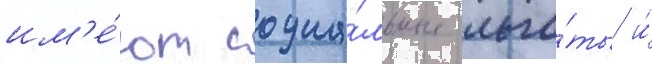
им'е́ют социа́льные льго́ты и́